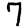
Digit: 7